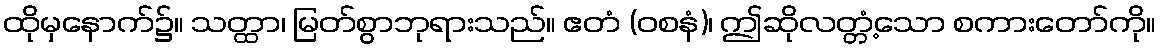
ထိုမှနောက်၌။ သတ္ထာ၊ မြတ်စွာဘုရားသည်။ ဧတံ (ဝစနံ)၊ ဤဆိုလတ္တံ့သော စကားတော်ကို။